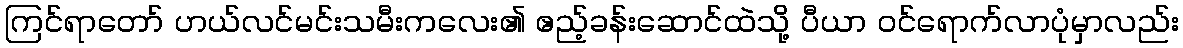
ကြင်ရာတော် ဟယ်လင်မင်းသမီးကလေး၏ ဧည့်ခန်းဆောင်ထဲသို့ ပီယာ ဝင်ရောက်လာပုံမှာလည်း